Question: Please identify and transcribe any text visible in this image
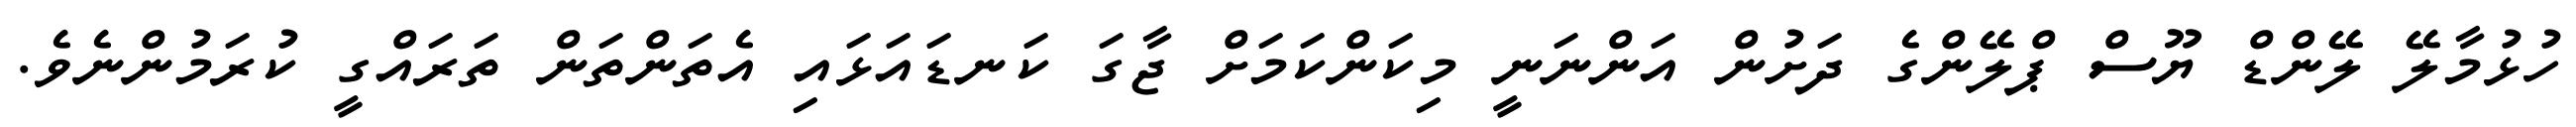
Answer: ހުޅުމާލޭ ލޭންޑް ޔޫސް ޕްލޭންގެ ދަށުން އަންނަނީ މިކަންކަމަށް ޖާގަ ކަނޑައަޅައި އެތަންތަން ތަރައްގީ ކުރަމުންނެވެ.